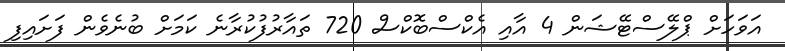
އަވަހަށް ޕްލޭސްޓޭޝަން 4 އާއި އެކްސްބޮކްސް 720 ތައާރުފުކުރާނެ ކަމަށް ބުނެވެން ފަށައިފި